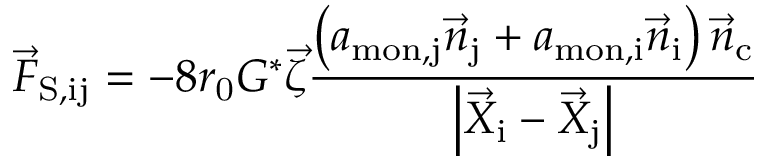
\vec { F } _ { \mathrm { S , i j } } = - 8 r _ { \mathrm { 0 } } G ^ { * } \vec { \zeta } \frac { \left( a _ { \mathrm { m o n , j } } \vec { n } _ { \mathrm { j } } + a _ { \mathrm { m o n , i } } \vec { n } _ { \mathrm { i } } \right) \vec { n } _ { \mathrm { c } } } { \left| \vec { X } _ { \mathrm { i } } - \vec { X } _ { \mathrm { j } } \right| }